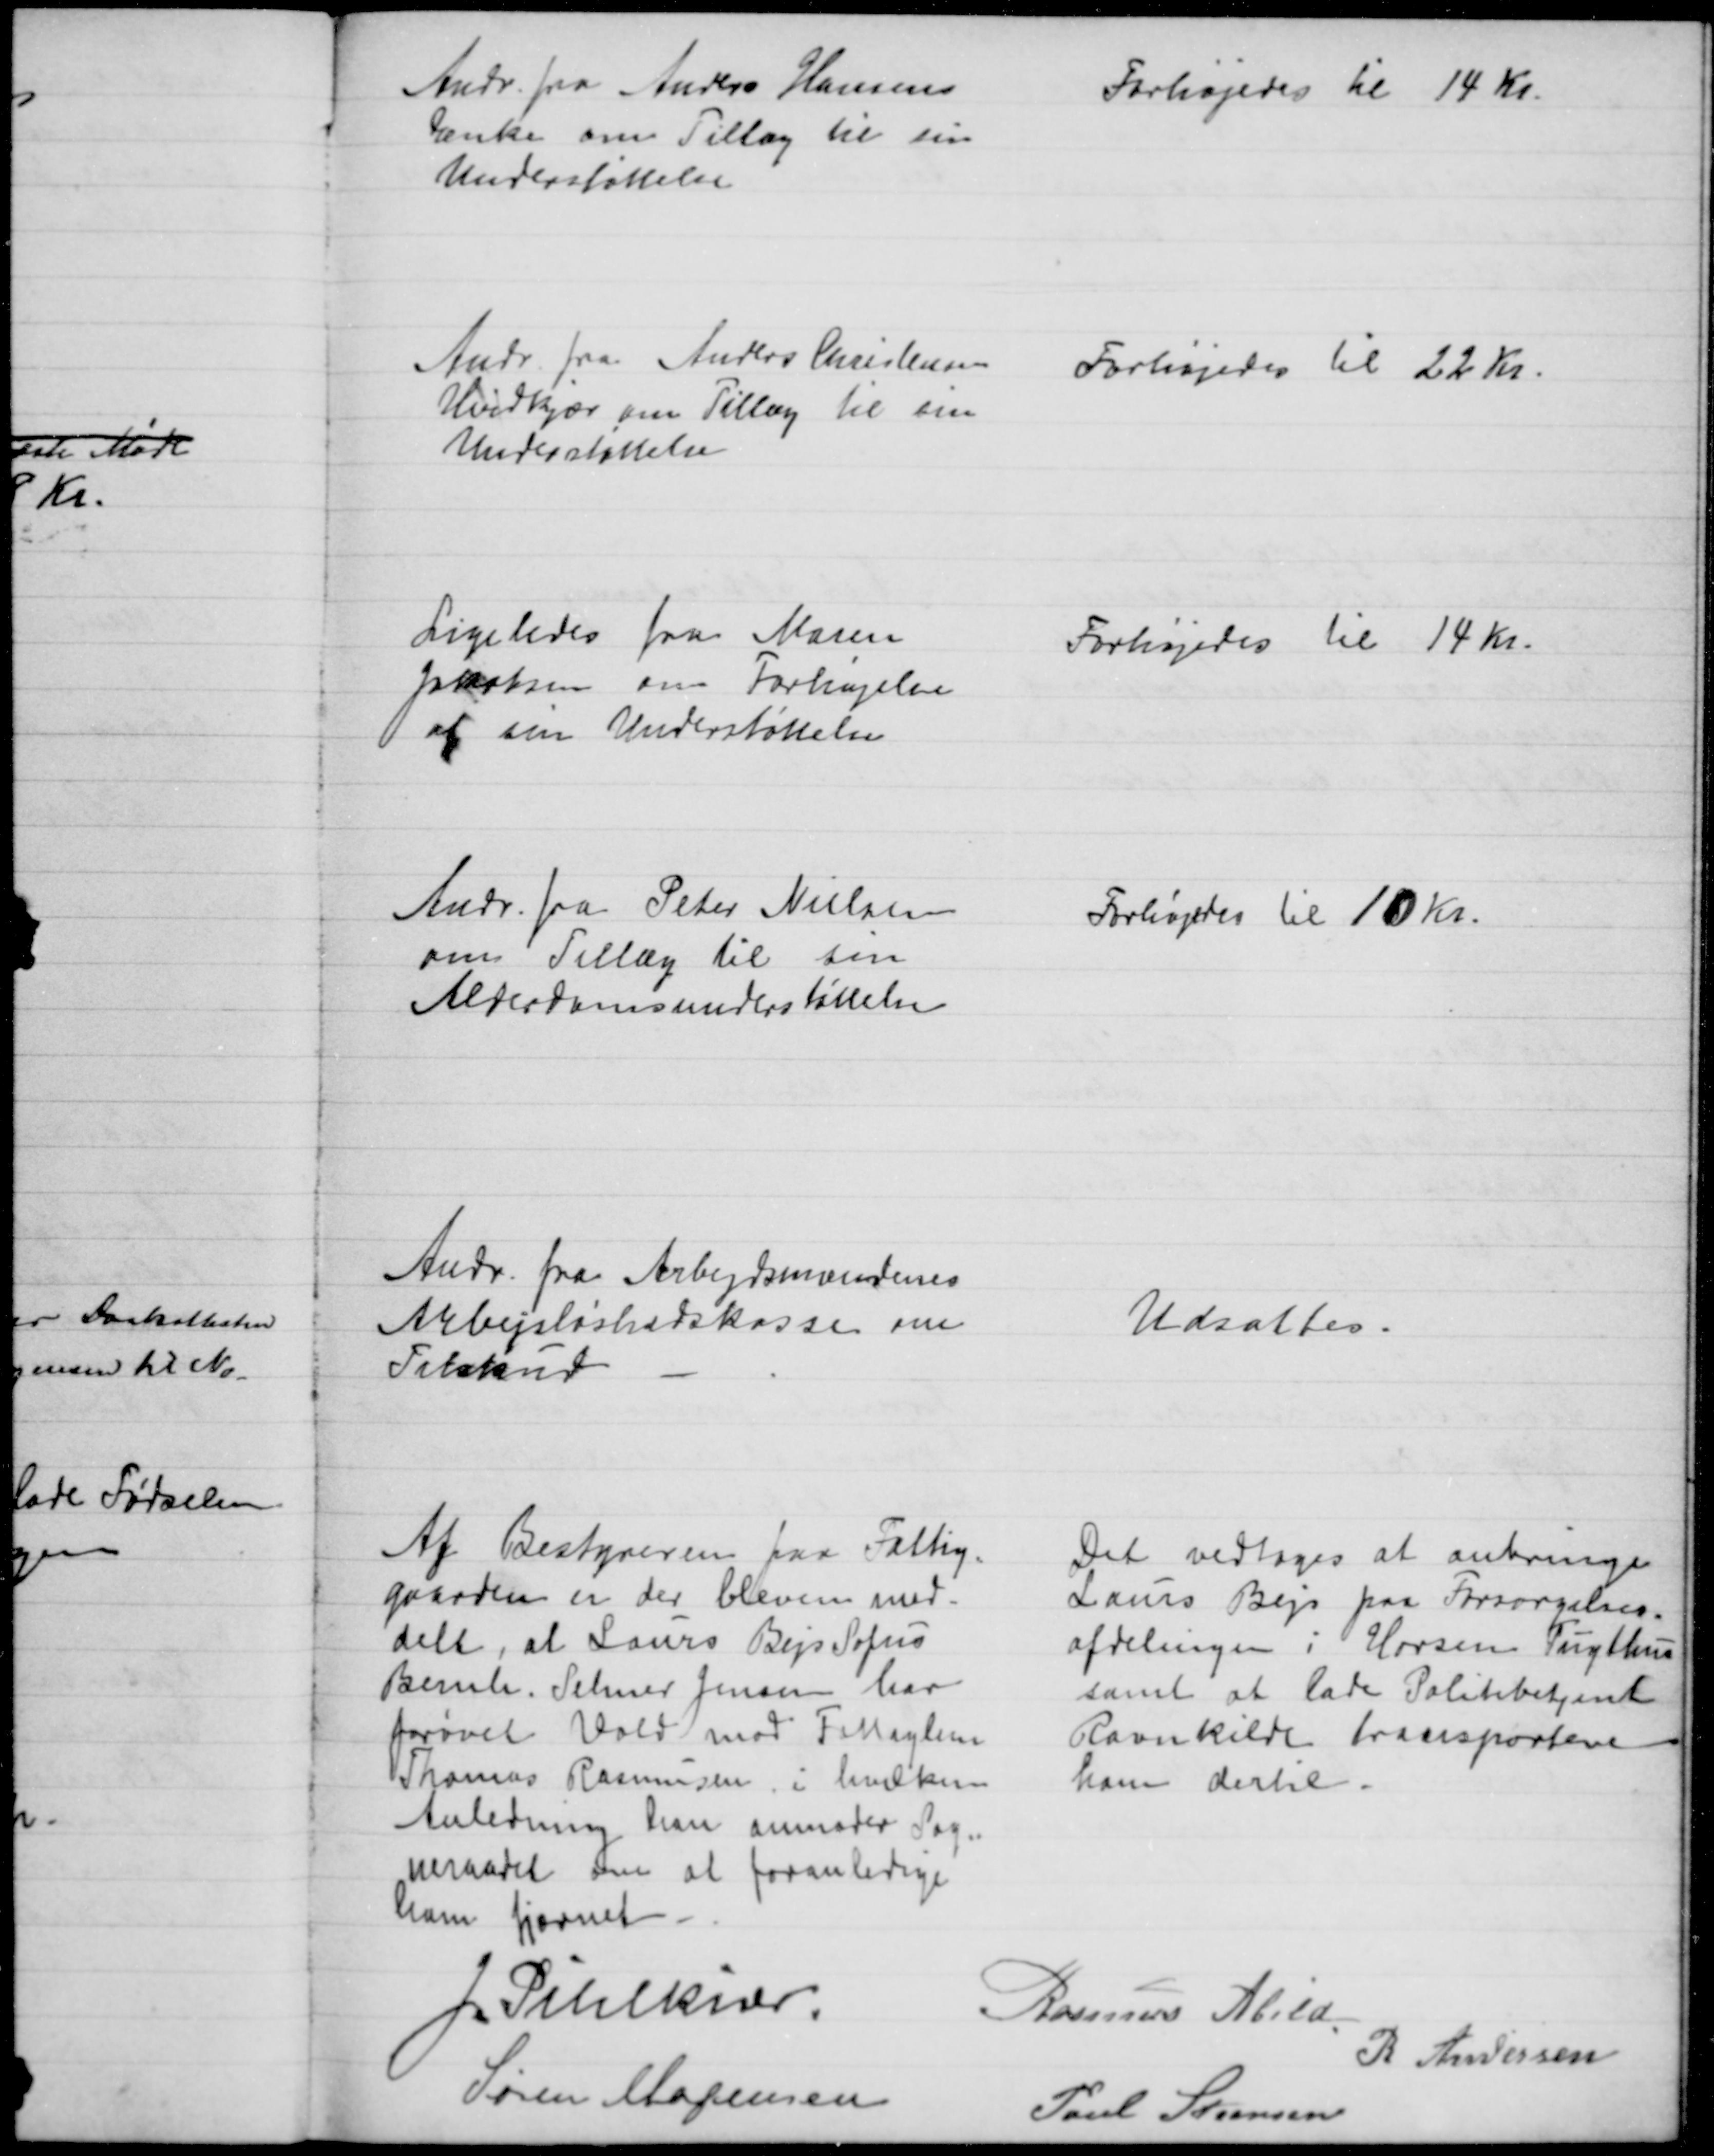
Transskription:
Andr. fra Anders Hansens
Enke om Tillæg til sin
Understøttelse
Forhøjedes til 14 Kr.
Andr. fra Anders Christensen
Hvidkjær om Tillæg til sin
Understøttelse
Forhøjedes til 22 Kr.
Ligeledes fra Maren
Jacobsen om Forhøjelse
af sin Understøttelse
Forhøjedes til 14 Kr.
Andr. fra Peter Nielsen
om Tillæg til sin
Alderdomsunderstøttelse
Forhøjedes til 10 Kr.
Andr. fra Arbejdsmændenes
Arbejdsløshedskasse om 
Tilskud
Udsattes.
Af Bestyreren paa Fattig-
gaarden er der bleven med-
delt, at Laurs Bejs Sofus
Bernh. Selmer Jensen har
forøvet Vold mod Fattiglem
Thomas Rasmussen, i hvilken
Anledning han anmoder Sog-
neraadet som at foranledige
ham fjærnet
Det vedtoges at anbringe
Laurs Bejs paa Forsorgelses-
afdelingen i Horsens Tugthus
samt at lade Politibetjent
Ravnkilde transportere
ham dertil.
J. Pihlkjær
Rasmus Abild
Søren Mogensen
R Andersen
Poul Steensen